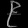
Digit: ၉